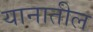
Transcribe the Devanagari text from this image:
यानातील